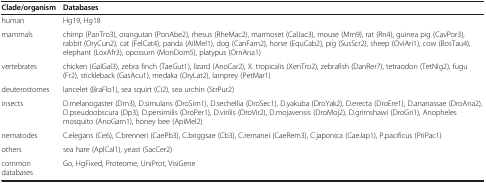
| Clade/organism | Databases |
 | --- | --- |
 | human | Hg19, Hg18 |
 | mammals | chimp (PanTro3), orangutan (PonAbe2), rhesus (RheMac2), marmoset (CalJac3), mouse (Mm9), rat (Rn4), guinea pig (CavPor3), rabbit (OryCun2), cat (FelCat4), panda (AilMel1), dog (CanFam2), horse (EquCab2), pig (SusScr2), sheep (OviAri1), cow (BosTau4), elephant (LoxAfr3), opossum (MonDom5), platypus (OrnAna1) |
 | vertebrates | chicken (GalGal3), zebra finch (TaeGut1), lizard (AnoCar2), X. tropicalis (XenTro2), zebrafish (DanRer7), tetraodon (TetNig2), fugu (Fr2), stickleback (GasAcu1), medaka (OryLat2), lamprey (PetMar1) |
 | deuterostomes | lancelet (BraFlo1), sea squirt (Ci2), sea urchin (StrPur2) |
 | insects | D.melanogaster (Dm3), D.simulans (DroSim1), D.sechellia (DroSec1), D.yakuba (DroYak2), D.erecta (DroEre1), D.ananassae (DroAna2), D.pseudoobscura (Dp3), D.persimilis (DroPer1), D.virilis (DroVir2), D.mojavensis (DroMoj2), D.grimshawi (DroGri1), Anopheles mosquito (AnoGam1), honey bee (ApiMel2) |
 | nematodes | C.elegans (Ce6), C.brenneri (CaePb3), C.briggsae (Cb3), C.remanei (CaeRem3), C.japonica (CaeJap1), P.pacificus (PriPac1) |
 | others | sea hare (AplCal1), yeast (SacCer2) |
 | common databases | Go, HgFixed, Proteome, UniProt, VisiGene |